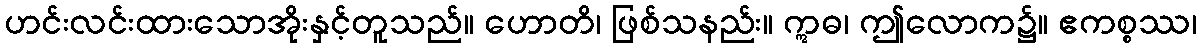
ဟင်းလင်းထားသောအိုးနှင့်တူသည်။ ဟောတိ၊ ဖြစ်သနည်း။ ဣဓ၊ ဤလောက၌။ ဧကစ္စဿ၊